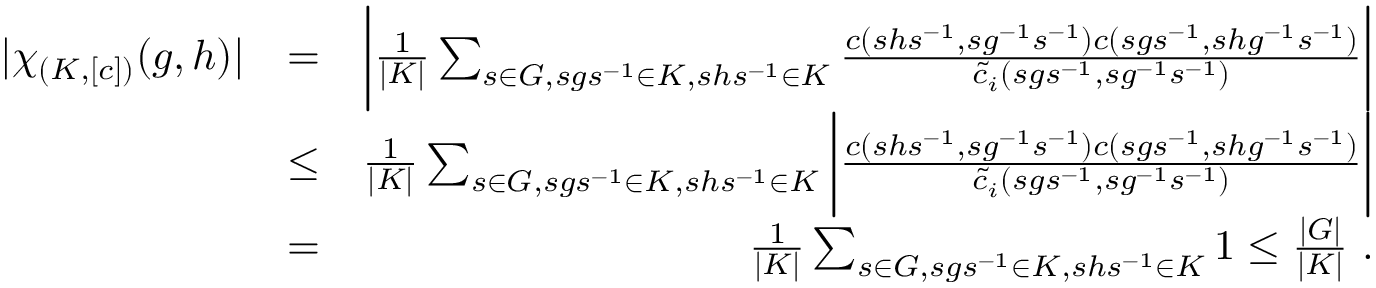
\begin{array} { r l r } { | \chi _ { ( K , [ c ] ) } ( g , h ) | } & { = } & { \bigg | \frac { 1 } { | K | } \sum _ { s \in G , s g s ^ { - 1 } \in K , s h s ^ { - 1 } \in K } \frac { c ( s h s ^ { - 1 } , s g ^ { - 1 } s ^ { - 1 } ) c ( s g s ^ { - 1 } , s h g ^ { - 1 } s ^ { - 1 } ) } { \tilde { c } _ { i } ( s g s ^ { - 1 } , s g ^ { - 1 } s ^ { - 1 } ) } \bigg | } \\ & { \leq } & { \frac { 1 } { | K | } \sum _ { s \in G , s g s ^ { - 1 } \in K , s h s ^ { - 1 } \in K } \bigg | \frac { c ( s h s ^ { - 1 } , s g ^ { - 1 } s ^ { - 1 } ) c ( s g s ^ { - 1 } , s h g ^ { - 1 } s ^ { - 1 } ) } { \tilde { c } _ { i } ( s g s ^ { - 1 } , s g ^ { - 1 } s ^ { - 1 } ) } \bigg | } \\ & { = } & { \frac { 1 } { | K | } \sum _ { s \in G , s g s ^ { - 1 } \in K , s h s ^ { - 1 } \in K } 1 \leq \frac { | G | } { | K | } ~ . } \end{array}